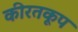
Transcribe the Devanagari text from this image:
कीरतकूप